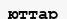
юттар